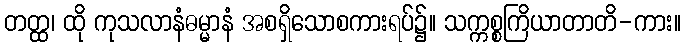
တတ္ထ၊ ထို ကုသလာနံဓမ္မာနံ အစရှိသောစကားရပ်၌။ သက္ကစ္စကြိယာတာတိ-ကား။